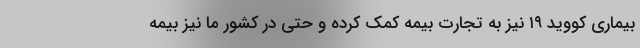
بیماری کووید ۱۹ نیز به تجارت بیمه کمک کرده و حتی در کشور ما نیز بیمه